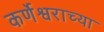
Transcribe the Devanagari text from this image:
कर्णेश्वराच्या